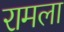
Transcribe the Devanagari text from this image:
रामला